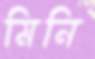
মিনি